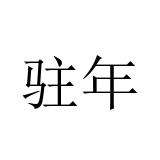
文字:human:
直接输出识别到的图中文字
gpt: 驻年